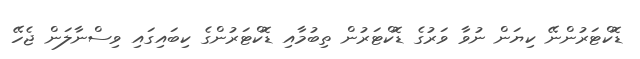
ޑޮކްޓަރުންނޭ ކިޔަން ނުވާ ވަރުގެ ޑޮކްޓަރުން ތިބުމާއި ޑޮކްޓަރުންގެ ކިބައިގައި ވިސްނާލަން ޖެހޭ